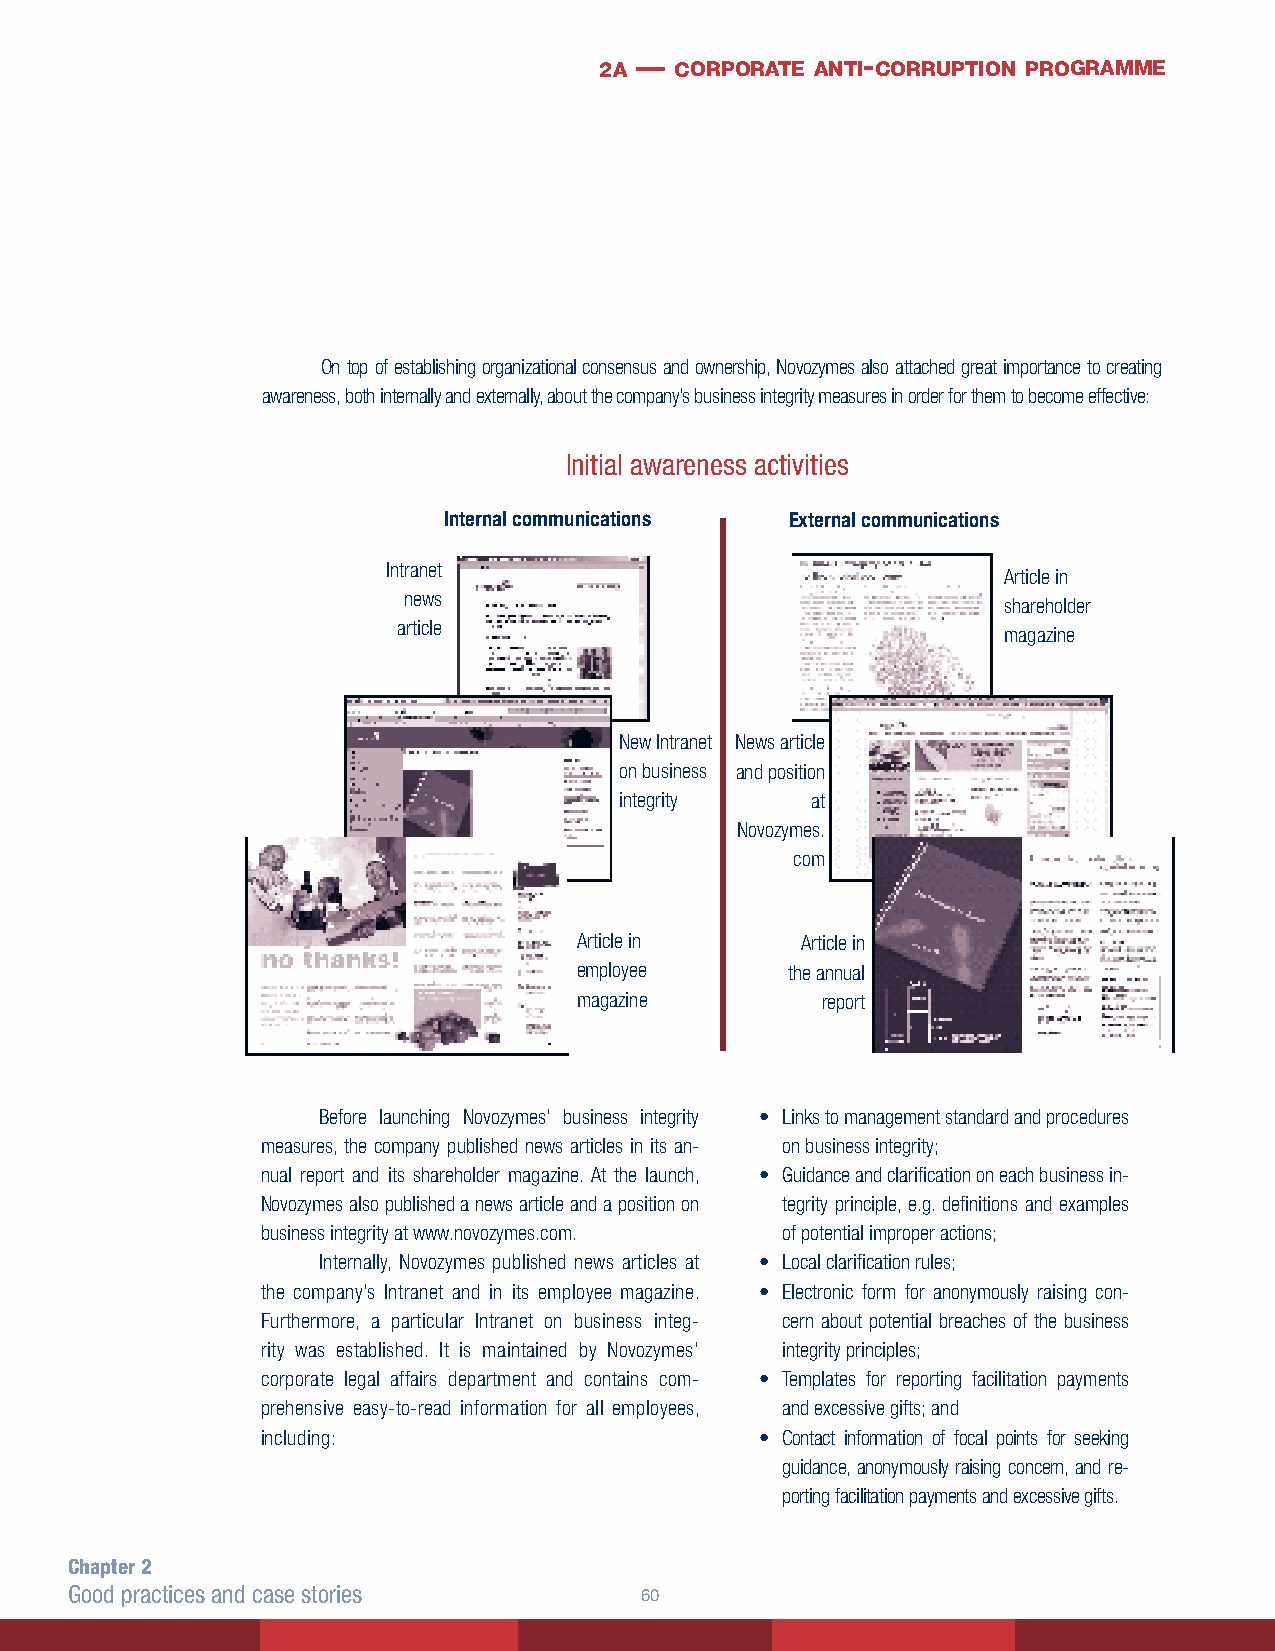
2a — corporate anti- corruption programme
 On top of establishing organizational consensus and ownership, Novozymes also attached great importance to creating
 awareness, both internally and externally, about the company’s business integrity measures in order for them to become effective:
 Initial awareness activities
 Internal communications External communications
 Intranet
 Article in
 news
 shareholder
 article
 magazine
 New Intranet News article
 on business and position
 integrity    at
 Novozymes.
 com
 Article in     Article in
 employee      the annual
 magazine        report
 Before launching Novozymes’ business integrity • Links to management standard and procedures
 measures, the company published news articles in its an- on business integrity;
 nual report and its shareholder magazine. At the launch, • Guidance and clarification on each business in-
 Novozymes also published a news article and a position on tegrity principle, e.g. definitions and examples
 business integrity at www.novozymes.com. of potential improper actions;
 Internally, Novozymes published news articles at • Local clarification rules;
 the company’s Intranet and in its employee magazine. • Electronic form for anonymously raising con-
 Furthermore, a particular Intranet on business integ- cern about potential breaches of the business
 rity was established. It is maintained by Novozymes’ integrity principles;
 corporate legal affairs department and contains com- • Templates for reporting facilitation payments
 prehensive easy-to-read information for all employees, and excessive gifts; and
 including:                       • Contact information of focal points for seeking
 guidance, anonymously raising concern, and re-
 porting facilitation payments and excessive gifts.
 Chapter 2
 Good practices and case stories      60